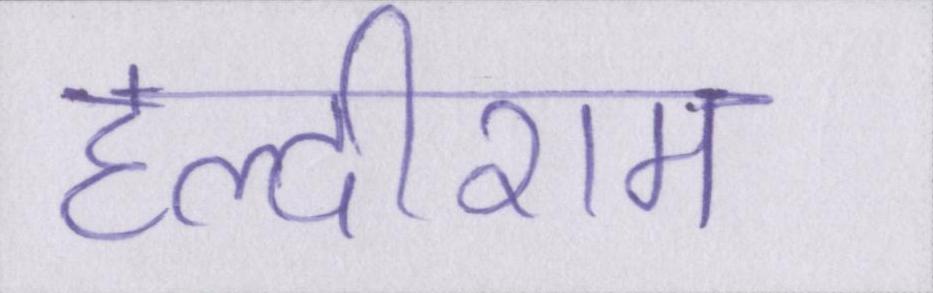
हल्दीराम